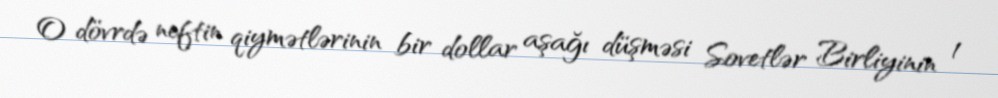
O dövrdə neftin qiymətlərinin bir dollar aşağı düşməsi Sovetlər Birliyinin 1